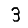
Digit: 3